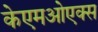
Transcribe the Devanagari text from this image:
केएमओएक्स